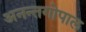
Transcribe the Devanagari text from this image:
अनन्तगोपाल